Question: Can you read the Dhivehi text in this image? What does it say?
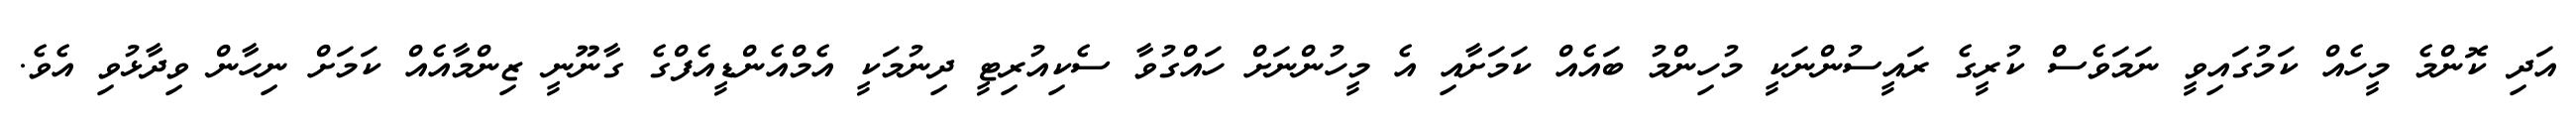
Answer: އަދި ކޮންމެ މީހެއް ކަމުގައިވީ ނަމަވެސް ކުރީގެ ރައީސުންނަކީ މުހިންމު ބައެއް ކަމަށާއި އެ މީހުންނަށް ހައްގުވާ ސެކިއުރިޓީ ދިނުމަކީ އެމްއެންޑީއެފްގެ ގާނޫނީ ޒިންމާއެއް ކަމަށް ނިހާން ވިދާޅުވި އެވެ.